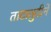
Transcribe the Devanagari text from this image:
ताटातुटीने